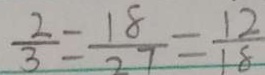
\frac { 2 } { 3 } = \frac { 1 8 } { 2 7 } = \frac { 1 2 } { 1 8 }